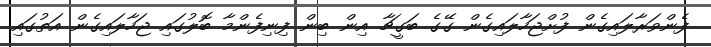
ފެންވަރާލައިގެން ފުށްޖަހާލައިގެން ގޭގެ ބަގީޗާ އިން ބިން ފިނިފެންމާ ބޮލުގައި ޖަހާލައިގެން އަތުގައި